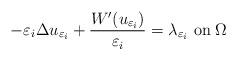
LaTeX: \begin{align*}-\varepsilon_i \Delta u_{\varepsilon_i} + \dfrac{W^{\prime}(u_{\varepsilon_i})}{\varepsilon_i} = \lambda_{\varepsilon_i} \mbox{ on} \; \Omega\end{align*}